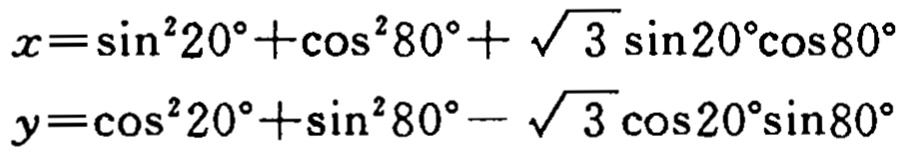
\(x=\sin^{2}20^{\circ}+\cos^{2}80^{\circ}+\sqrt{3}\sin20^{\circ}\cos80^{\circ}\)
\(y=\cos^{2}20^{\circ}+\sin^{2}80^{\circ}-\sqrt{3}\cos20^{\circ}\sin80^{\circ}\)